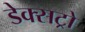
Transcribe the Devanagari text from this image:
डेक्सट्रो